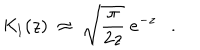
LaTeX: { \mathit { K } } _ { 1 } ( z ) ~ \approx ~ \sqrt { \frac { \pi } { 2 z } } ~ e ^ { - z } .